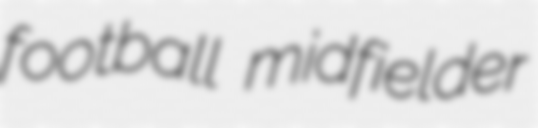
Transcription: football midfielder